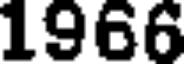
1966